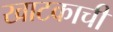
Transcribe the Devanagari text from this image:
खाटकाची